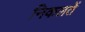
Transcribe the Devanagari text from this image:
निकलतें